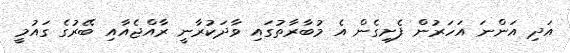
އަދި އަންނަ އަހަރުން ފެށިގެން އެ މުބާރާތުގައި ވާދަކުރާނީ ރާއްޖެއާއި ބޭރުގެ ގައުމީ